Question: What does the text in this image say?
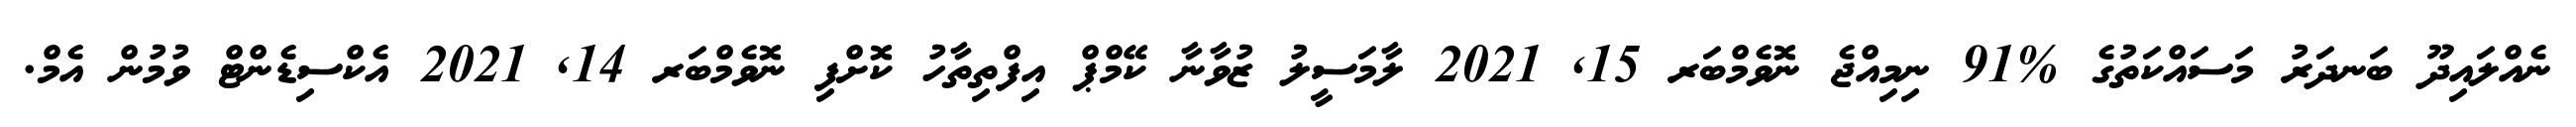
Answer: ނެއްލައިދޫ ބަނދަރު މަސައްކަތުގެ %91 ނިމިއްޖެ ނޮވެމްބަރ 15, 2021 ލާމަސީލު ޒުވާނާ ކޭމްޕް އިފްތިތާހު ކޮށްފި ނޮވެމްބަރ 14, 2021 އެކްސިޑެންޓް ވުމުން އެމް.